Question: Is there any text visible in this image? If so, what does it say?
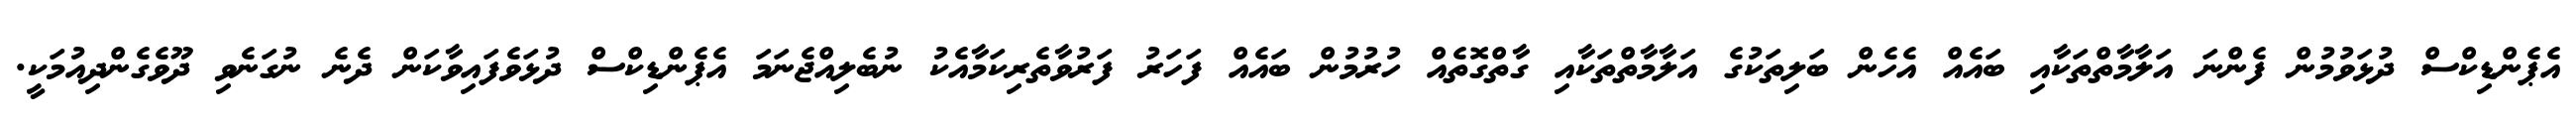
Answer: އެޕެންޑިކްސް ދުޅަވުމުން ފެންނަ އަލާމާތްތަކާއި ބައެއް އެހެން ބަލިތަކުގެ އަލާމާތްތަކާއި ގާތްގޮތެއް ހުރުމުން ބައެއް ފަހަރު ފަރުވާތެރިކަމާއެކު ނުބެލިއްޖެނަމަ އެޕެންޑިކްސް ދުޅަވެފައިވާކަން ދެނެ ނުގަނެވި ދޫވެގެންދިއުމަކީ.